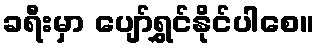
ခရီးမှာ ပျော်ရွှင်နိုင်ပါစေ။